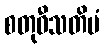
စတုဝီသတိမံ